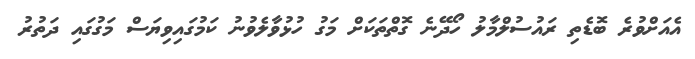
އެއަށްވުރެ ބޮޑެތި ރައުސުލްމާލު ހޯދޭނެ ގޮތްތަކަށް މަގު ހުޅުވާލެވުނު ކަމުގައިވިޔަސް މަގުގައި ދަތުރު